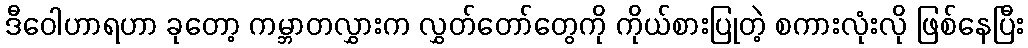
ဒီဝေါဟာရဟာ ခုတော့ ကမ္ဘာတလွှားက လွှတ်တော်တွေကို ကိုယ်စားပြုတဲ့ စကားလုံးလို ဖြစ်နေပြီး